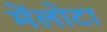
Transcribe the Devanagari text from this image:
मेंलोटा